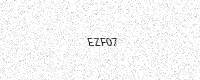
Text: EZF07